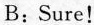
B:Sure!